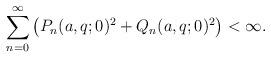
LaTeX: \begin{align*}\sum_{n=0}^{\infty}\left(P_{n}(a,q;0)^{2}+Q_{n}(a,q;0)^{2}\right)<\infty.\end{align*}